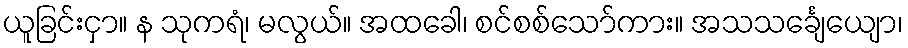
ယူခြင်းငှာ။ န သုကရံ၊ မလွယ်။ အထခေါ၊ စင်စစ်သော်ကား။ အသသင်္ချေယျော၊